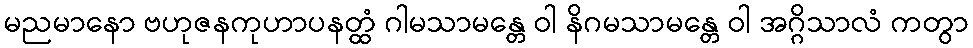
မညမာနော ဗဟုဇနကုဟာပနတ္ထံ ဂါမသာမန္တေ ဝါ နိဂမသာမန္တေ ဝါ အဂ္ဂိသာလံ ကတွာ